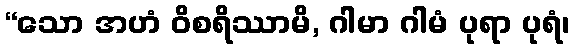
“သော အဟံ ဝိစရိဿာမိ, ဂါမာ ဂါမံ ပုရာ ပုရံ၊